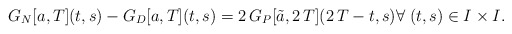
\begin{align*}G_N[a,T](t,s)-G_D[a,T](t,s)=2\,G_P[\tilde a,2\,T](2\,T-t,s) \forall \; (t,s)\in I\times I.\end{align*}